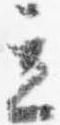
立